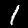
Digit: 1